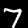
Label: 7